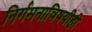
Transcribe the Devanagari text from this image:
निर्गमनाविषयीही